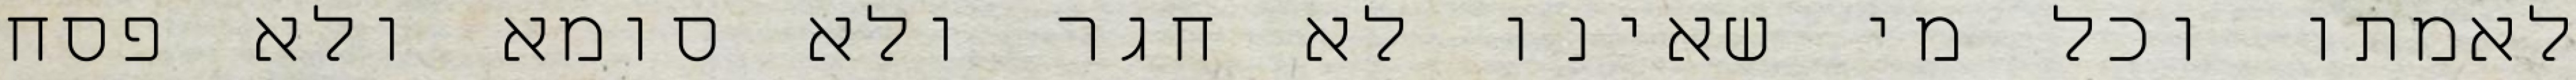
לאמתו וכל מי שאינו לא חגר ולא סומא ולא פסח